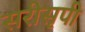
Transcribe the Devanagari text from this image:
सरीसृपी